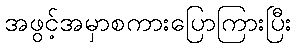
အဖွင့်အမှာစကားပြောကြားပြီး